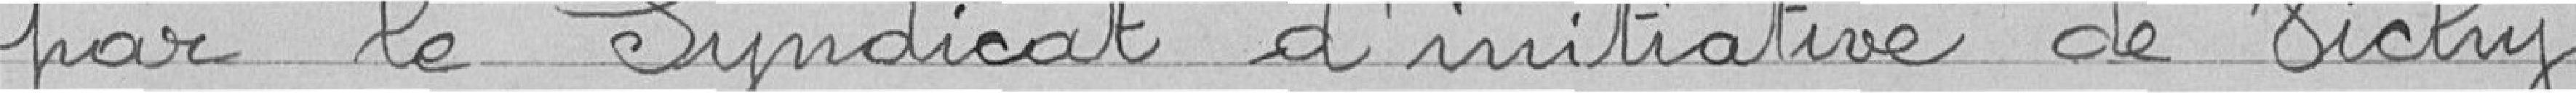
par le Syndicat d'initiative de Vichy.